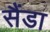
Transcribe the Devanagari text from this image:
सैंडा